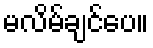
မလိမ်ချင်ပေ။